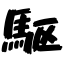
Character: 駆